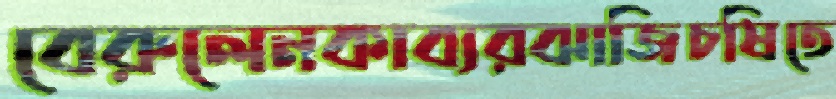
বেরুলেনকাব্যরঝাজিচষিতে